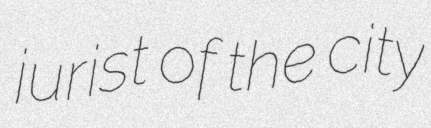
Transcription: jurist of the city